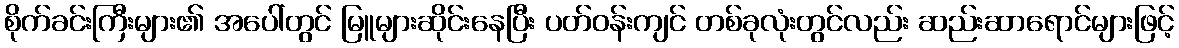
စိုက်ခင်းကြီးများ၏ အပေါ်တွင် မြူများဆိုင်းနေပြီး ပတ်ဝန်းကျင် တစ်ခုလုံးတွင်လည်း ဆည်းဆာရောင်များဖြင့်